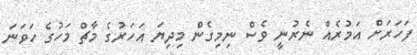
ފަހަރަށް އަމުރެއް ނެރުނީ ވެސް ނިމިގެން މިދިޔަ އަހަރުގެ މާޗް މަހުގެ ހަވަނަ